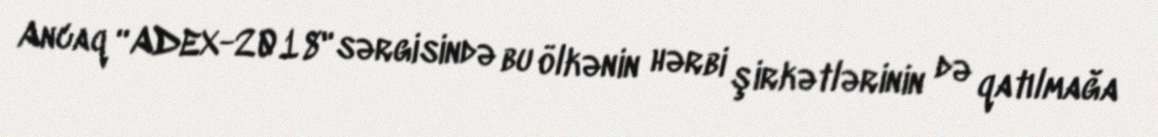
Ancaq “ADEX-2018" sərgisində bu ölkənin hərbi şirkətlərinin də qatılmağa